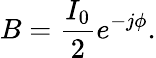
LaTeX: B={\frac{I_{0}}{2}}e^{-j\phi}.